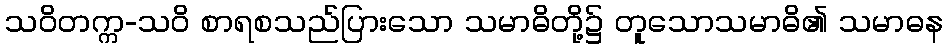
သဝိတက္က-သဝိ စာရစသည်ပြားသော သမာဓိတို့၌ တူသောသမာဓိ၏ သမာဓန